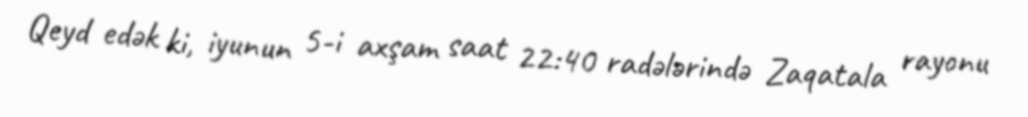
Qeyd edək ki, iyunun 5-i axşam saat 22:40 radələrində Zaqatala rayonu